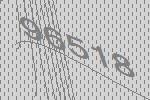
96518